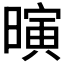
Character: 𪱄